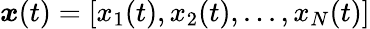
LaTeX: \boldsymbol{x}(t)=[x_{1}(t),x_{2}(t),...,x_{N}(t)]